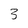
Character: 3